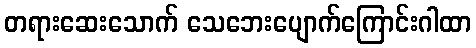
တရားဆေးသောက် သေဘေးပျောက်ကြောင်းဂါထာ